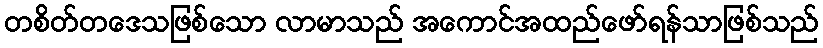
တစိတ်တဒေသဖြစ်သော လာမာသည် အကောင်အထည်ဖော်ရန်သာဖြစ်သည်